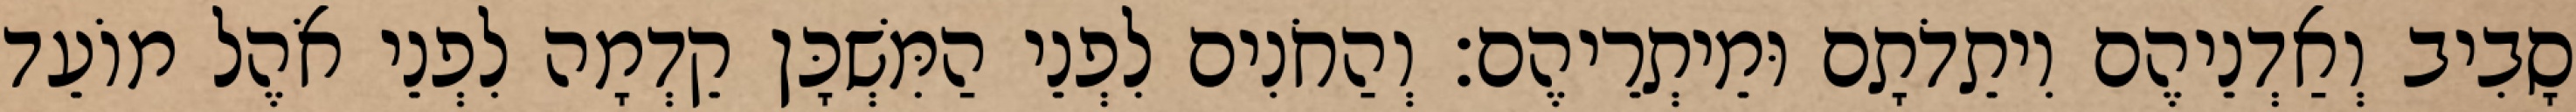
סָבִיב וְאַדְנֵיהֶם וִיתֵדֹתָם וּמֵיתְרֵיהֶם׃ וְהַחֹנִים לִפְנֵי הַמִּשְׁכָּן קֵדְמָה לִפְנֵי אֹהֶל מוֹעֵד